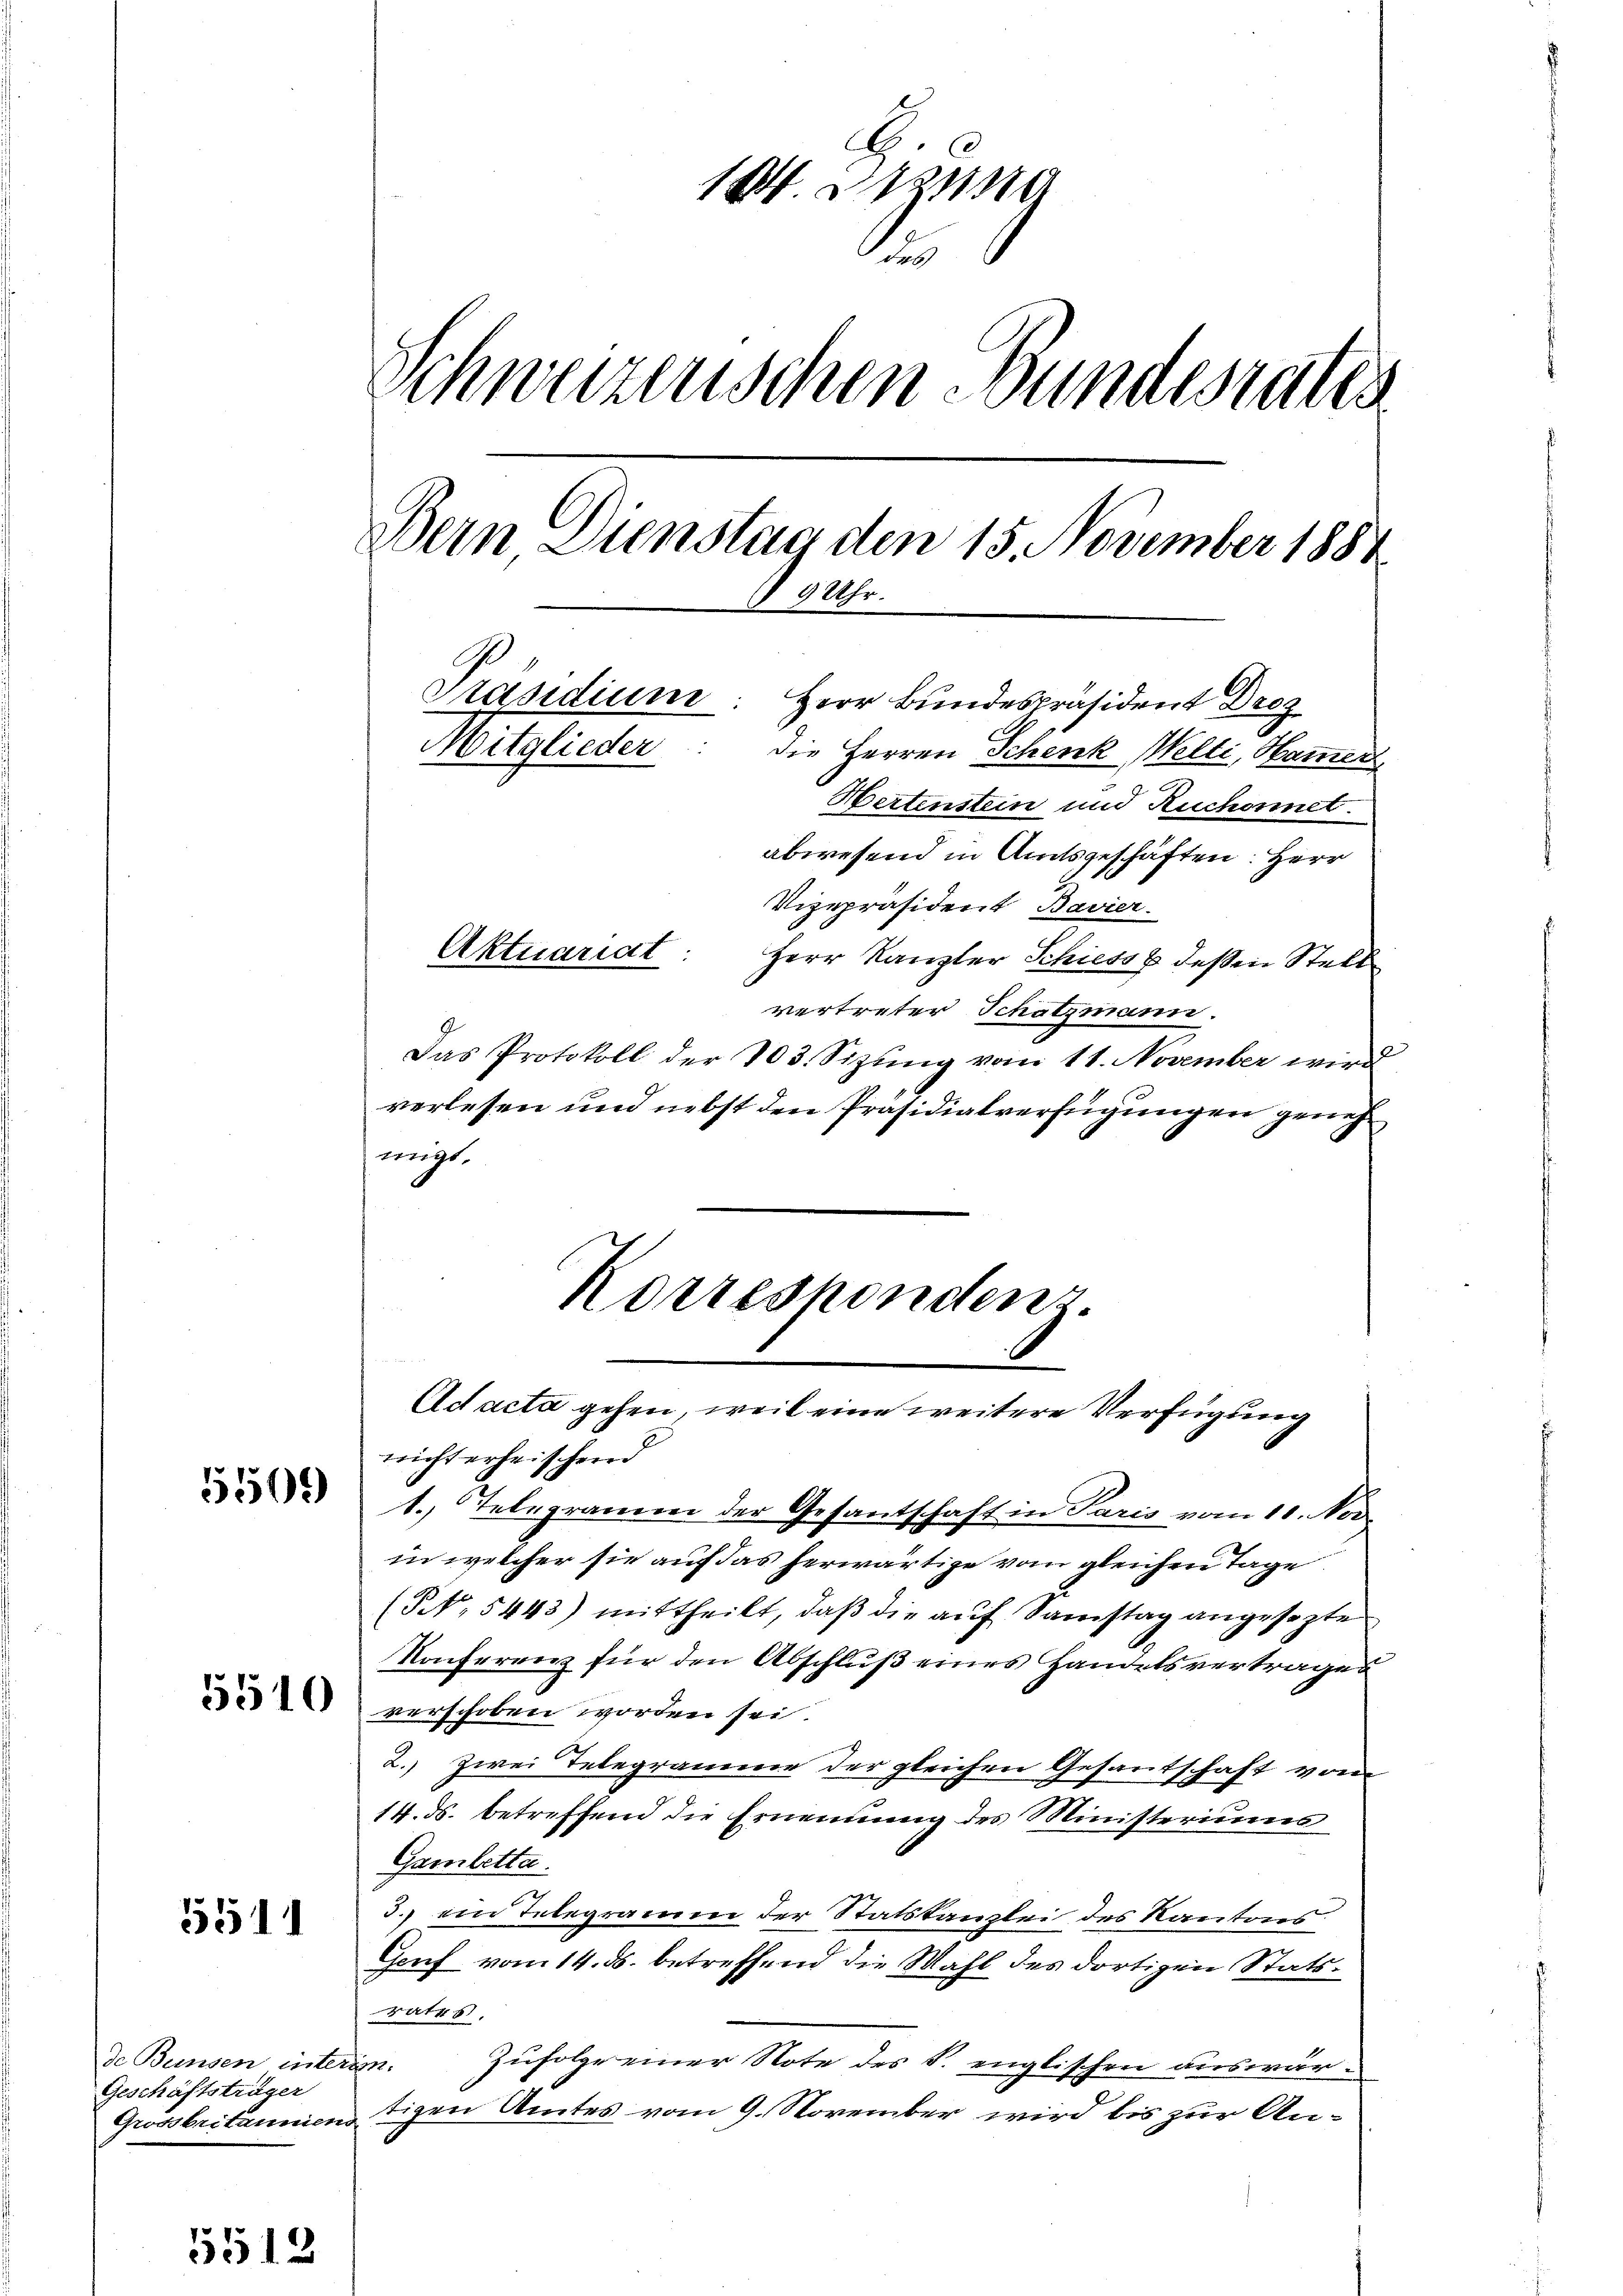
5509

5510

551

de Beinsen inters
Geschäftsträger
Grossbritanniens

)
1351

1 sa
Schweizerischen Bundesrates
Bern Dienstag den 15. November 1884
 9 Uhr.
Präsidium. Herr Bundespräsident Drez
Mitglieder: die Herren Schenk Welti, Harner
Hertenstein und Ruchonnet.

abwesend in Amtsgeschäften: Herr
Vizepräsident Bavier.
Herr Kanzler Schieds & deßen Stell
vertreter Schatzmann.
Das Protokoll der 103. Sizŭng vom 11. November wird
verlesen und nebst den Präsidialverfügungen genehmigt.

Aktuariat

Korrespondenz.
Ad acta gehen, weil eine weitere Verfügung
wicht erheischend

1. Telegramm der Gesantschaft in Paris vom 10. Nov.
in welcher sie auf das herwärtige vom gleichen Tage
(N. 5443) mittheilt, daß die auf Samstag angesezte
Konferenz für den Abschluß eines Handelsvertrages
verschoben worden sei.
2.) zwei Telegramer der gleichen Gesantschaft vom
14. ds. betreffend die Ernennung des Ministeriums
Gambetta.
3.) ein Telegramm der Statskanzlei des Kantons
Genf vom 14. ds. betreffend die Wahl des dortigen Stattrates.
Zufolge einer Note des S. englischen auswär¬
7
tigen Amtes vom 9. November wird bis zur An¬